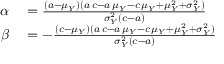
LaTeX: \begin{array} { r l } { \alpha } & { { } = { \frac { ( a - \mu _ { Y } ) ( a \, c - a \, \mu _ { Y } - c \, \mu _ { Y } + \mu _ { Y } ^ { 2 } + \sigma _ { Y } ^ { 2 } ) } { \sigma _ { Y } ^ { 2 } ( c - a ) } } } \\ { \beta } & { { } = - { \frac { ( c - \mu _ { Y } ) ( a \, c - a \, \mu _ { Y } - c \, \mu _ { Y } + \mu _ { Y } ^ { 2 } + \sigma _ { Y } ^ { 2 } ) } { \sigma _ { Y } ^ { 2 } ( c - a ) } } } \end{array}